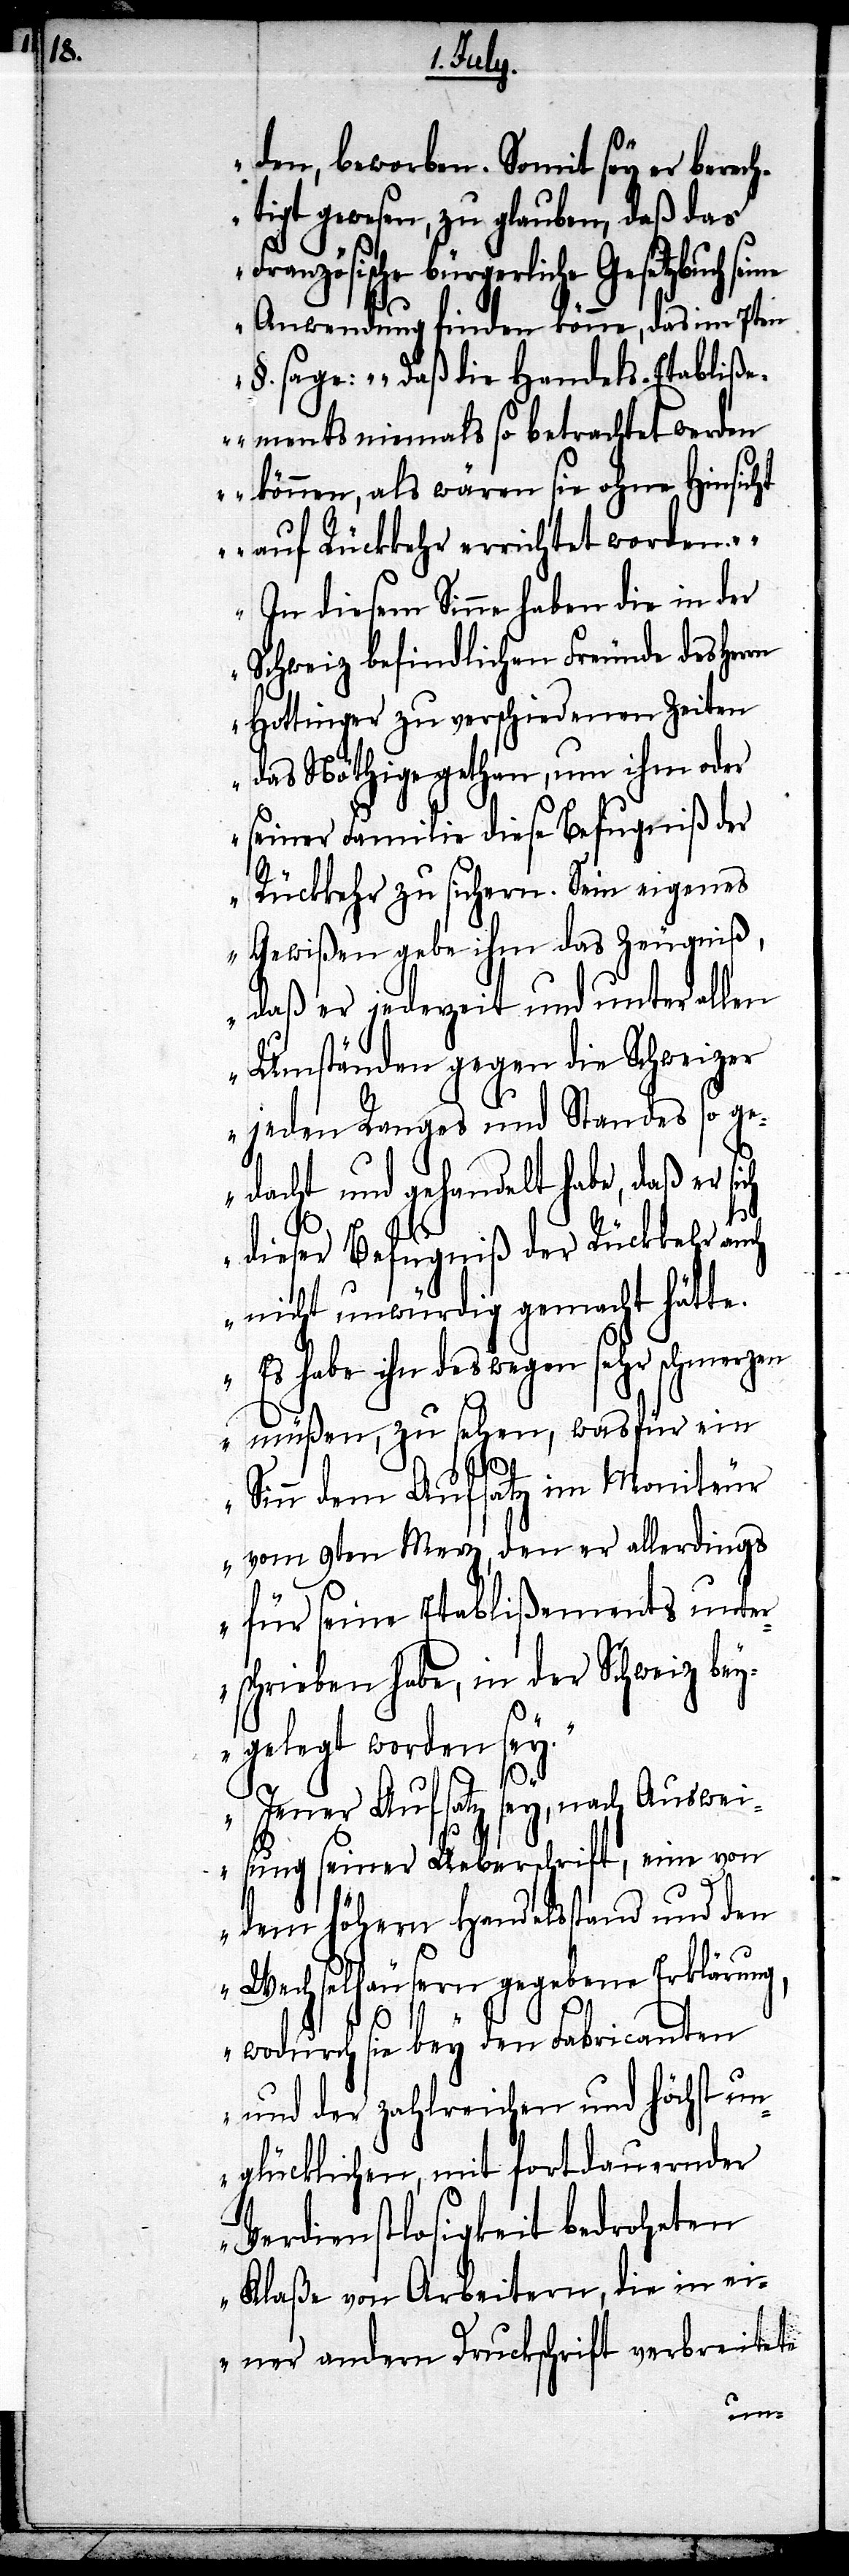
den, beworben. Somit sey er berech¬
tigt gewesen, zu glauben, daß das
ranzösische bürgerliche Gesetzbuch
Anwendung finden könne, das im 7ten
§. sage: ‚Daß die Handels-Etabliß¬
ements niemals so betrachtet werden
können, als wären sie ohne Hinsicht
auf Rückkehr errichtet worden.‘
In diesem Sinne haben die in der
Schweiz befindlichen Freunde des Herrn
Hottinger zu verschiedenen Zeiten
das Nöthige gethan, um ihm oder
seiner Familie diese Befugniß der
Rückkehr zu sichern. Sein eigenes
Gewißen gebe ihm das Zeugniß,
daß er jederzeit und unter allen
Umständen gegen die Schweizer
jeden Ranges und Standes so ge¬
dacht und gehandelt habe, daß er si¬
ch
dieser Befugniß der Rückkehr auch
nicht unwürdig gemacht hätte.
Es habe ihn deswegen sehr schmerzen
müßen, zu sehen, wasfür ein
Sinn dem Aufsatz im Moniteur
vom 9ten Merz, den er allerdings
für seine Etablißements unter¬
schrieben habe, in der Schweiz bey¬
gelegt worden sey.
Jener Aufsatz sey, nach Auswei¬
sung seiner Ueberschrift, eine von
dem höhern Handelsstand und den
Wechselhäusern gegebene Erklärung,
wodurch sie bey den Fabricanten
und der zahlreichen und höchst un¬
glücklichen, mit fortdauernder
Verdienstlosigkeit bedroheten
Klaße von Arbeitern, die in ei¬
ner andern Druckschrift verbreitete
F¬